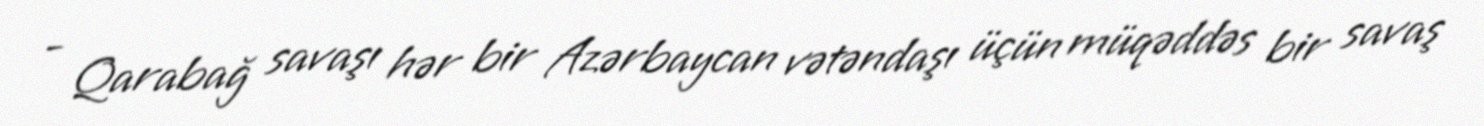
- Qarabağ savaşı hər bir Azərbaycan vətəndaşı üçün müqəddəs bir savaş